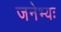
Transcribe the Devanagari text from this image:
जनेभ्यः